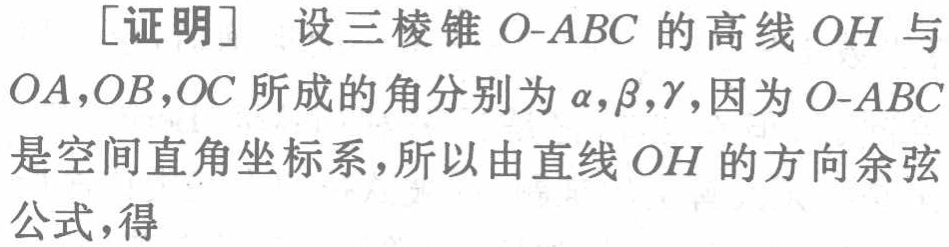
[证明] 设三棱锥 \(O - ABC\) 的高线 \(OH\) 与 \(OA,OB,OC\) 所成的角分别为 \(\alpha,\beta,\gamma\)，因为 \(O - ABC\) 是空间直角坐标系，所以由直线 \(OH\) 的方向余弦公式，得